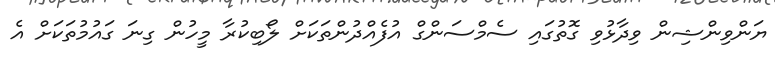
ޔަންވިންޝިން ވިދާޅުވި ގޮތުގައި ސެމްސަންގް އުފެއްދުންތަކަށް ލޯބިކުރާ މީހުން ގިނަ ގައުމުތަކަށް އެ